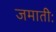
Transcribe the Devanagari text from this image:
जमातीः